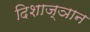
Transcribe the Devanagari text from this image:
दिशाज्ञान